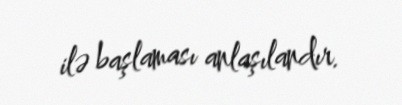
ilə başlaması anlaşılandır.